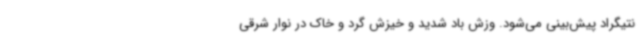
نتیگراد پیش‌بینی می‌شود. وزش باد شدید و خیزش گرد و خاک در نوار شرقی